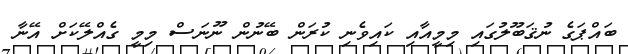
ބައްޕަގެ ނުޤަބޫލުގައި މިމީއާއި ކައިވެނި ކުރަން ބޭނުން ނޫނަސް މިމީ ގެއްލޭކަށް އޭނާ